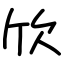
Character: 欣